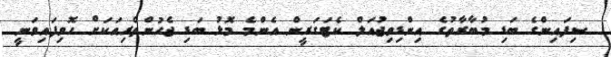
ސިފައިންގެ ބަޑި މުބާރާތުގެ އިންޑިވިޖުއަލް ކެޓަގަރީން އެންމެ މޮޅު ބަޑި ޖެހުންތެރިއަކަށް ހޮވިފައިވަނީ